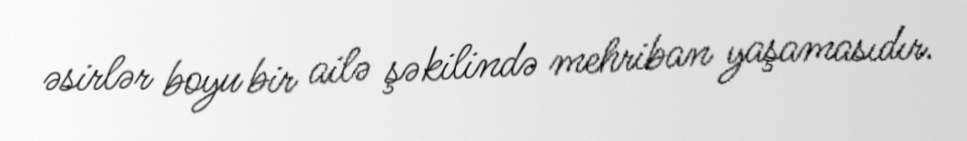
əsirlər boyu bir ailə şəkilində mehriban yaşamasıdır.